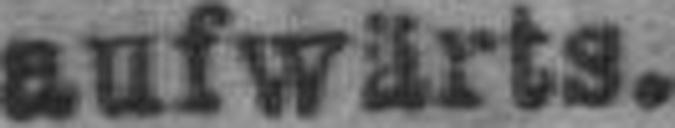
aufwärts.